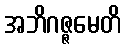
အဘိဂဇ္ဇမေတိ